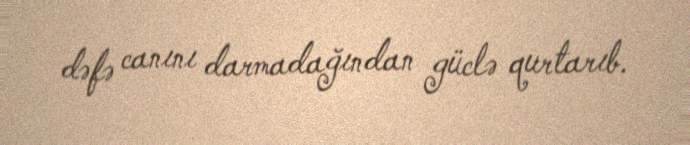
dəfə canını darmadağından güclə qurtarıb.